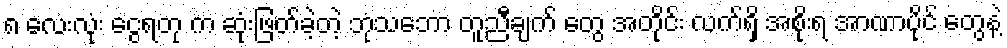
၈ လေးလုံး ငွေရတု က ဆုံးဖြတ်ခဲ့တဲ့ ဘုံသဘော တူညီချက် တွေ အတိုင်း လက်ရှိ အစိုးရ အာဏာပိုင် တွေနဲ့